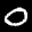
Label: 0